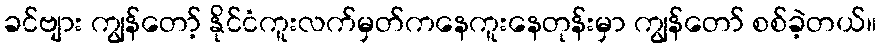
ခင်ဗျား ကျွန်တော့် နိုင်ငံကူးလက်မှတ်ကနေကူးနေတုန်းမှာ ကျွန်တော် စစ်ခဲ့တယ်။